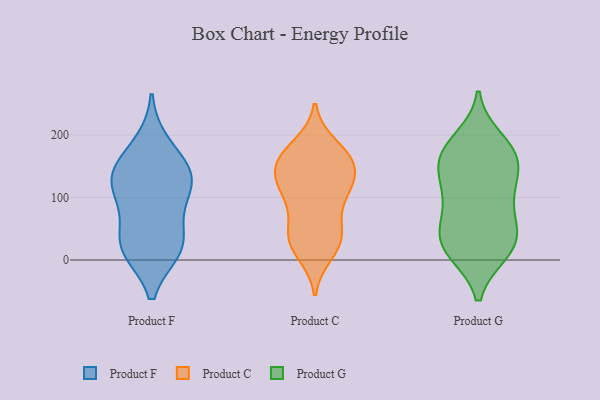
{"axis": {"x": "Customer Acquisition Cost (USD)", "y": "Value"}, "legend": ["Product C", "Product F", "Product G"], "data": [{"x": "", "y": 138, "type": "Product F"}, {"x": "", "y": 127, "type": "Product F"}, {"x": "", "y": 186, "type": "Product F"}, {"x": "", "y": 144, "type": "Product F"}, {"x": "", "y": 34, "type": "Product F"}, {"x": "", "y": 139, "type": "Product F"}, {"x": "", "y": 86, "type": "Product F"}, {"x": "", "y": 17, "type": "Product F"}, {"x": "", "y": 104, "type": "Product F"}, {"x": "", "y": 22, "type": "Product F"}, {"x": "", "y": 17, "type": "Product F"}, {"x": "", "y": 156, "type": "Product C"}, {"x": "", "y": 182, "type": "Product C"}, {"x": "", "y": 54, "type": "Product C"}, {"x": "", "y": 12, "type": "Product C"}, {"x": "", "y": 43, "type": "Product C"}, {"x": "", "y": 159, "type": "Product C"}, {"x": "", "y": 99, "type": "Product C"}, {"x": "", "y": 170, "type": "Product C"}, {"x": "", "y": 108, "type": "Product C"}, {"x": "", "y": 159, "type": "Product C"}, {"x": "", "y": 27, "type": "Product C"}, {"x": "", "y": 133, "type": "Product C"}, {"x": "", "y": 25, "type": "Product C"}, {"x": "", "y": 122, "type": "Product C"}, {"x": "", "y": 162, "type": "Product C"}, {"x": "", "y": 127, "type": "Product C"}, {"x": "", "y": 39, "type": "Product C"}, {"x": "", "y": 104, "type": "Product C"}, {"x": "", "y": 74, "type": "Product G"}, {"x": "", "y": 136, "type": "Product G"}, {"x": "", "y": 171, "type": "Product G"}, {"x": "", "y": 105, "type": "Product G"}, {"x": "", "y": 104, "type": "Product G"}, {"x": "", "y": 12, "type": "Product G"}, {"x": "", "y": 12, "type": "Product G"}, {"x": "", "y": 31, "type": "Product G"}, {"x": "", "y": 48, "type": "Product G"}, {"x": "", "y": 193, "type": "Product G"}, {"x": "", "y": 148, "type": "Product G"}, {"x": "", "y": 167, "type": "Product G"}, {"x": "", "y": 41, "type": "Product G"}, {"x": "", "y": 168, "type": "Product G"}, {"x": "", "y": 47, "type": "Product G"}, {"x": "", "y": 12, "type": "Product G"}, {"x": "", "y": 120, "type": "Product G"}, {"x": "", "y": 179, "type": "Product G"}]}